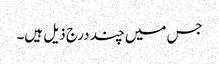
جس میں چند درج ذیل ہیں۔